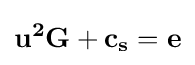
\mathbf {u^{2}G+c_{s}=e}